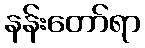
နန်းတော်ရာ